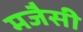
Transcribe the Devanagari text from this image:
मजैसी